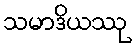
သမာဒိယဿု